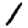
Digit: 1